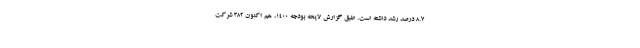
۸.۷ درصد رشد داشته است. طبق گزارش لایحه بودجه ۱۴۰۰، هم اکنون ۳۸۲ شرکت